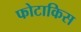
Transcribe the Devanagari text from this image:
फोटाकिस